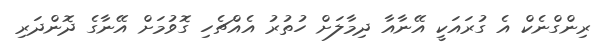
ރިންގްނެކް އެ ގުރައަކީ އޭނާއާ ދިމާލަށް ހުތުރު އެއްޗެހި ގޮވުމަށް އޭނާގެ ދޮންދަރި